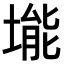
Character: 𪣾